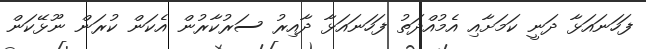
ފަހަނައަޅާ ދަނީ ކަމަށާއި އެމުއްދަތު ފަހަނައަޅާ ދާއިރު ސަރުކާރުން އެކަން ކުރަން ނޫޅޭކަން